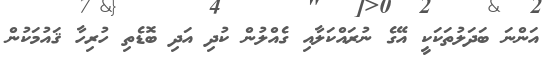
އަންނަ ބަދަލުތަކަކީ އޭގެ ނުރައްކަލާއި ގެއްލުން ކުދި އަދި ބޮޑެތި ހުރިހާ ޤައުމަކުން